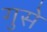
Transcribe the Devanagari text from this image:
गुसे